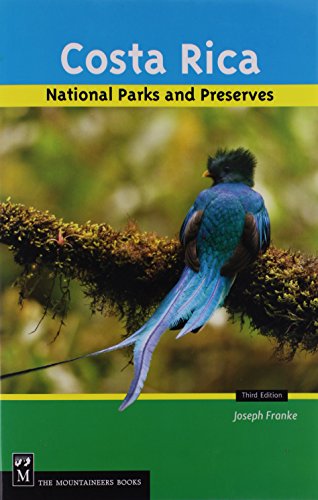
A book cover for Costa Rica National Parks and Preserves; Joseph Franke; Travel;